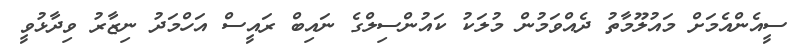
ސީއެންއެމަށް މައުލޫމާތު ދެއްވަމުން މުލަކު ކައުންސިލްގެ ނައިބް ރައީސް އަހްމަދު ނިޒާރު ވިދާޅުވީ